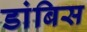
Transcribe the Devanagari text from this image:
डांबिस